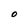
Character: O